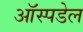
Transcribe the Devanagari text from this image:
ऑस्पडेल